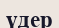
үдер